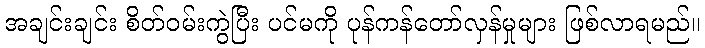
အချင်းချင်း စိတ်ဝမ်းကွဲပြီး ပင်မကို ပုန်ကန်တော်လှန်မှုများ ဖြစ်လာရမည်။